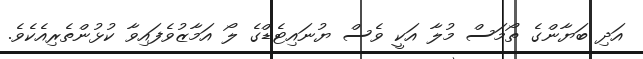
އަދި ބަޔާންގެ ތޯމަސް މުލާ އަކީ ވެސް ޔުނައިޓެޑްގެ ލޯ އަމާޒުވެފައިވާ ކުޅުންތެރިއެކެވެ.